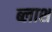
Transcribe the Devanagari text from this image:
ब्लाश